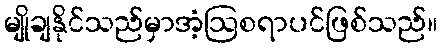
မျိုချနိုင်သည်မှာအံ့ဩစရာပင်ဖြစ်သည်။